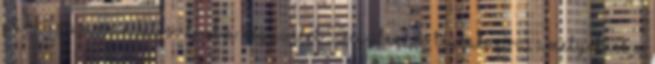
párhuzamosan felosztjuk a négyzetet 50 egybevásó téglalapra, amelyeknek a